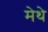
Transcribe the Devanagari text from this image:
मेथे